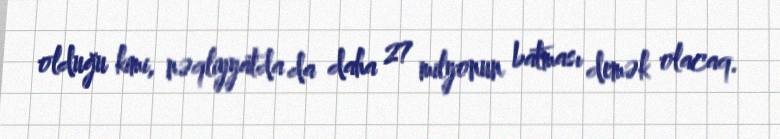
olduğu kimi, nəqliyyatda da daha 27 milyonun batması demək olacaq.